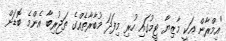
"އިމްރާން އަކީ މާޒިޔާ ޓީމުގައި ހުރި މިފަދަ މުބާރާތެއްގެ ތަޖުރިބާ އެންމެ ބޮޑަށް